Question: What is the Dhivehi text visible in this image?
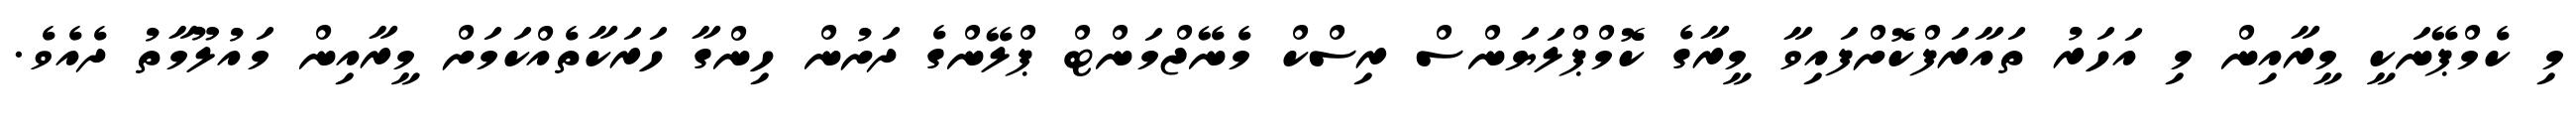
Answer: މި ކެމްޕޭނަކީ މީރާއިން މި އަހަރު ތައާރަފްކޮށްފައިވާ މީރާގެ ކޮމްޕްލަޔަންސް ރިސްކް މެނޭޖްމަންޓް ޕްލޭންގެ ދަށުން ހިންގާ ހަރަކާތެއްކަމަށް މީރާއިން މައުލޫމާތު ދެއެވެ.